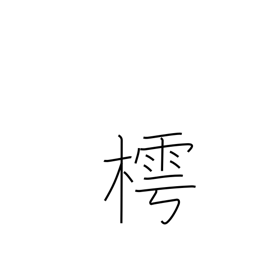
Meaning: Japanese bead tree